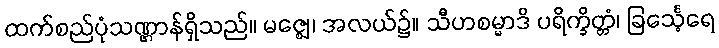
ထက်စည်ပုံသဏ္ဌာန်ရှိသည်။ မဇ္ဈေ၊ အလယ်၌။ သီဟစမ္မာဒိ ပရိက္ခိတ္တံ၊ ခြင်္သေ့ရေ